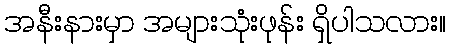
အနီးနားမှာ အများသုံးဖုန်း ရှိပါသလား။